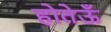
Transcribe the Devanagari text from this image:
होतेऊँ